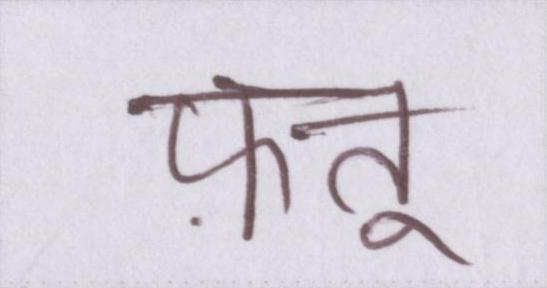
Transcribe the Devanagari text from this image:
फ़त्तू